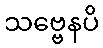
သဗ္ဗေနပိ